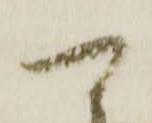
可